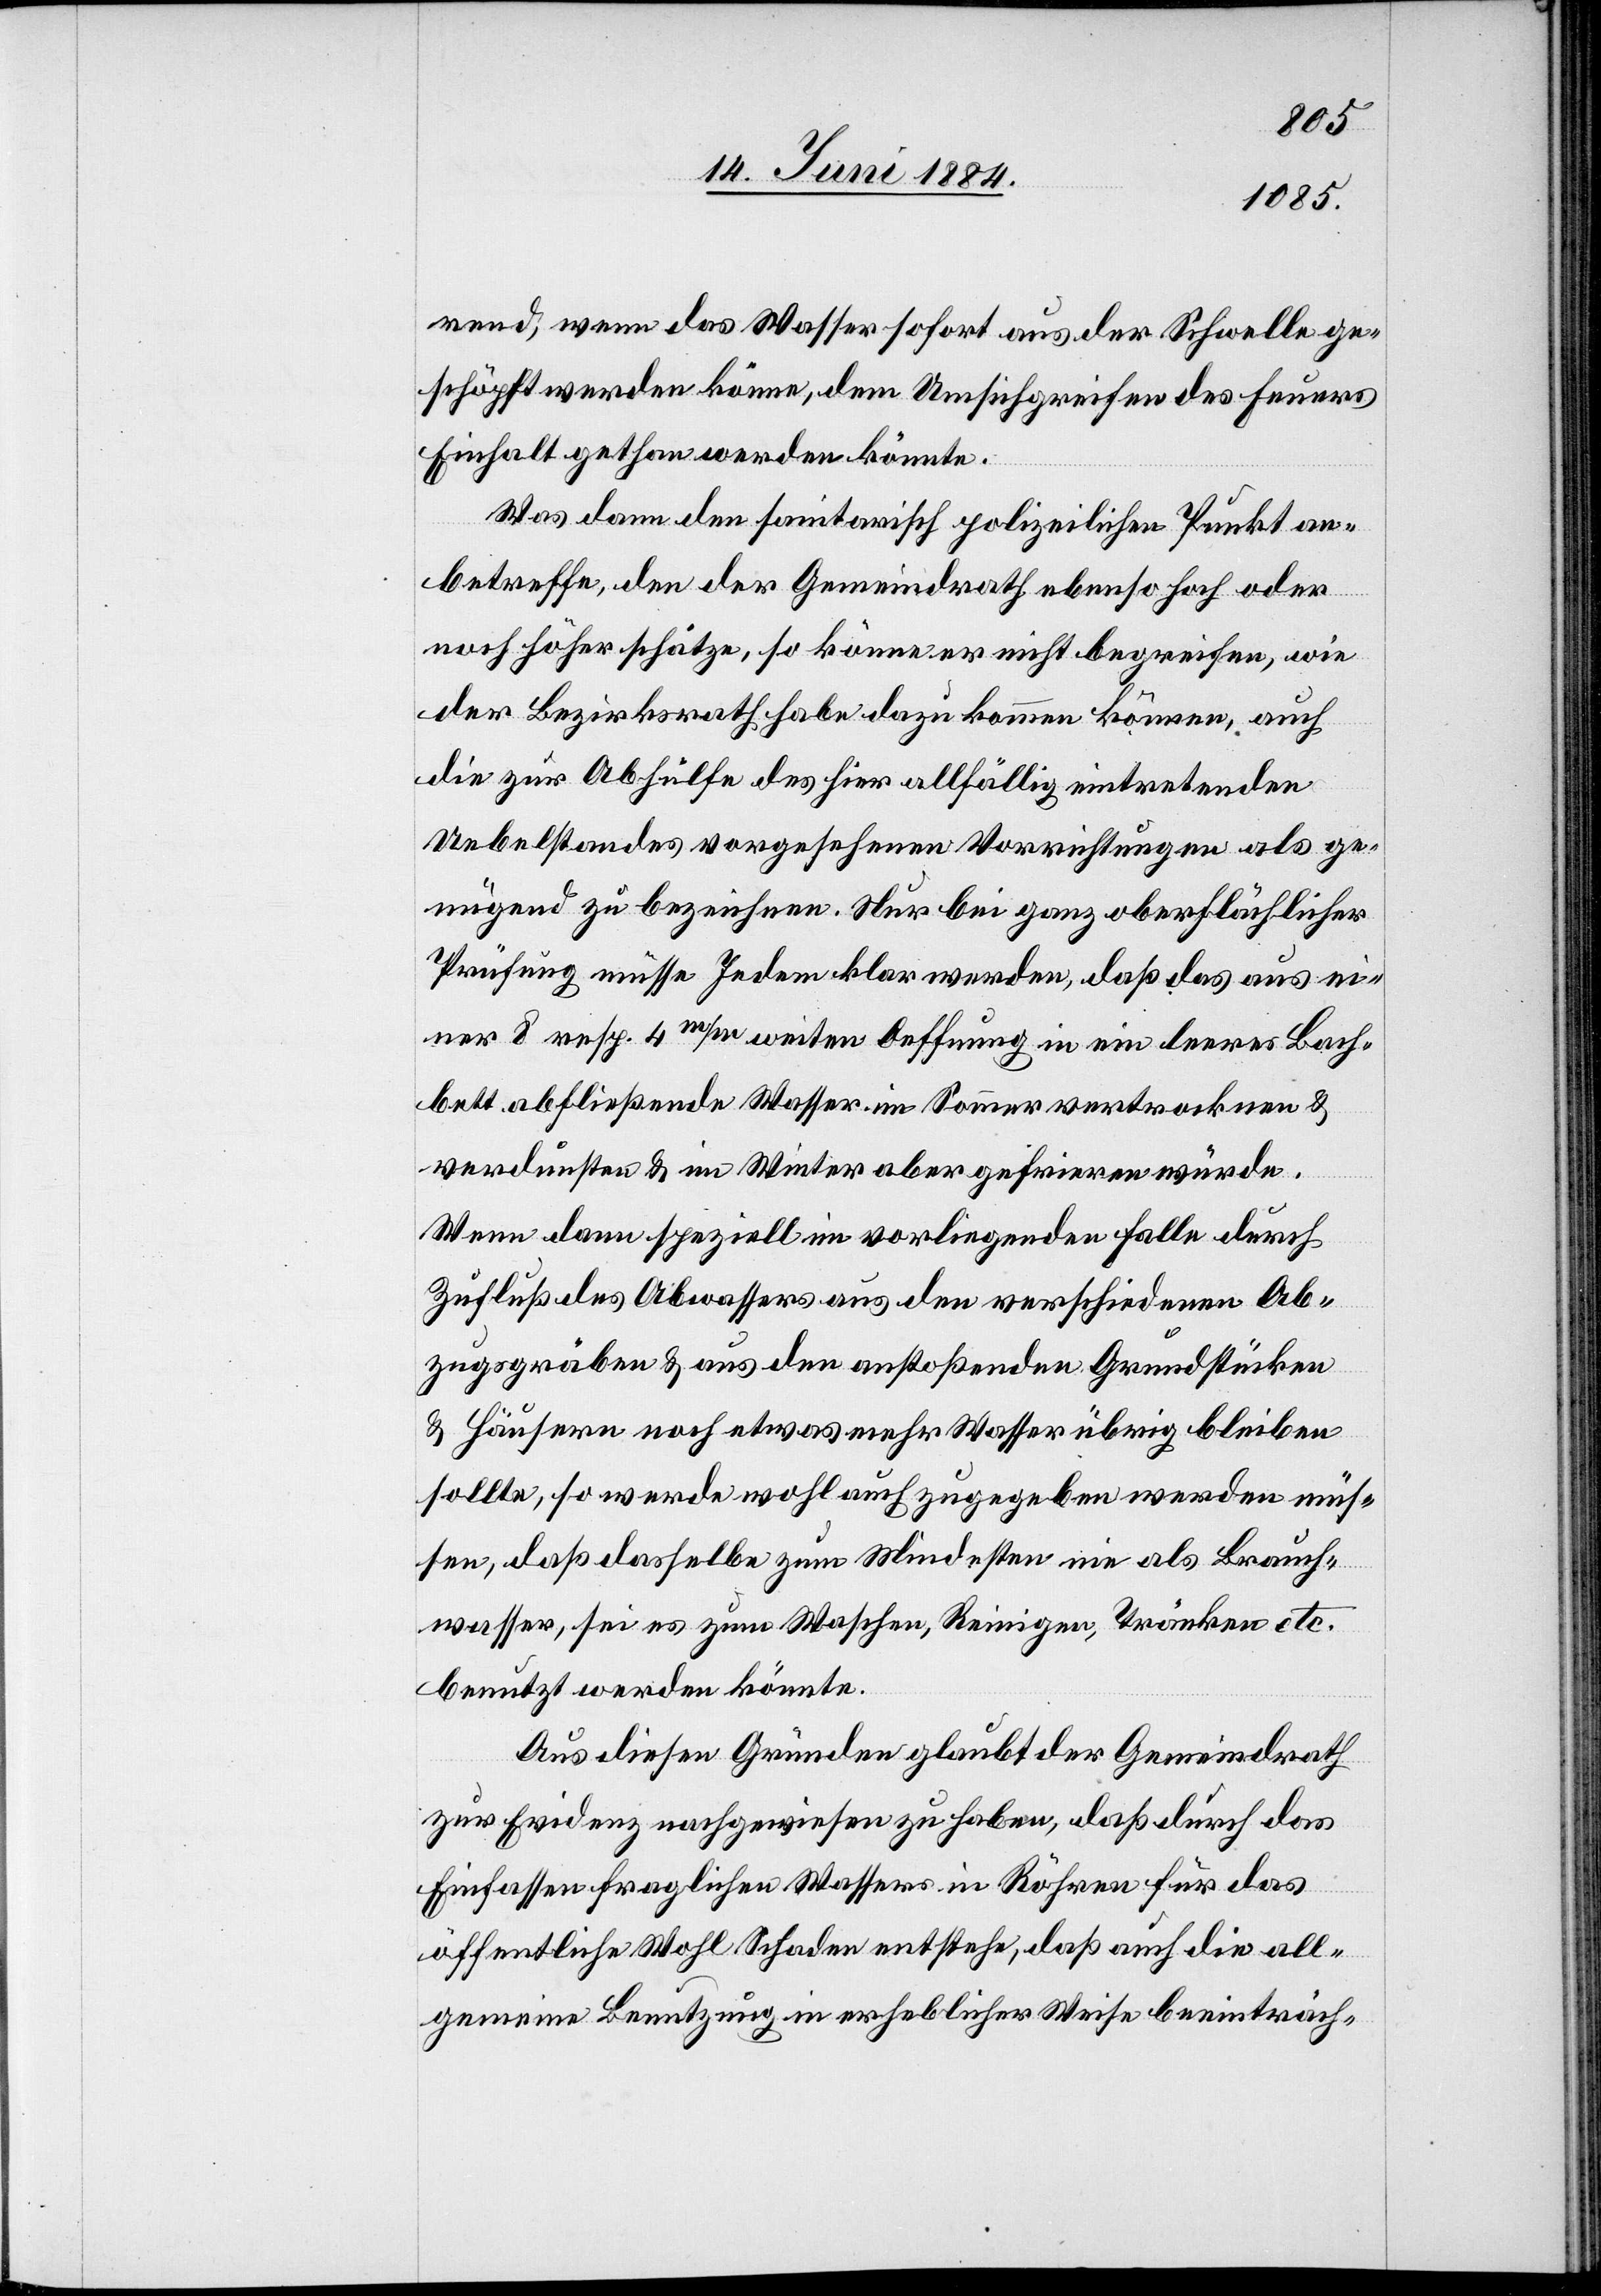
rend, wenn das Wasser sofort aus der Schwelle ge¬
schöpft werden könne, dem Umsichgreifen des Feuers
Einhalt gethan werden könnte.
Was dann den sanitarisch polizeilichen Punkt an¬
betreffe, den der Gemeindrath ebenso hoch oder
noch höher schätze, so könne er nicht begreifen, wie
der Bezirksrath habe dazu kommen können, auch
die zur Abhülfe des hier allfällig eintretenden
Uebelstandes vorgesehenen Vorrichtungen als ge¬
nügend zu bezeichnen. Nur bei ganz oberflächlicher
Prüfung müsse Jedem klar werden, daß das aus ei¬
ner 8 resp. 4 m/m weiten Oeffnung in ein leeres Bach¬
bett abfließende Wasser im Sommer vertrocknen &
verdunsten & im Winter aber gefrieren würde.
Wenn dann speziell im vorliegenden Falle durch
Zufluß des Abwassers aus den verschiedenen Ab¬
zugsgräben & aus den anstoßenden Grundstücken
& Häusern noch etwas mehr Wasser übrig bleiben
sollte, so werde wohl auch zugegeben werden müs¬
sen, daß dasselbe zum Mindesten nie als Brauch¬
wasser, sei es zum Waschen, Reinigen, Tränken etc.
benutzt werden könnte.
Aus diesen Gründen glaubt der Gemeindrath
zur Evidenz nachgewiesen zu haben, daß durch das
Einfassen fraglichen Wassers in Röhren für das
öffentliche Wohl Schaden entstehe, daß auch die all¬
gemeine Benutzung in erheblicher Weise beeinträch-